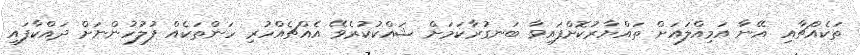
ތަކެއްޗާއި އޭނާ އަމިއްލައަށް ތައްޔާރުކޮށްފައިވާ ބަނގުރާކަމަށް ޝައްކުކުރެވޭ އެއްޗެއްހުރި ހަންތަކެއް ފުލުހުންނަށް ދައްކާފައި